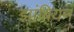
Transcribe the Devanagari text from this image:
झांबियन